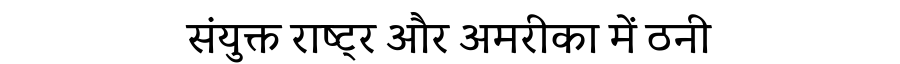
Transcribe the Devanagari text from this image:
संयुक्त राष्ट्र और अमरीका में ठनी